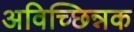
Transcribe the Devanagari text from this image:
अविच्छिन्नक